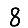
Digit: 8